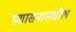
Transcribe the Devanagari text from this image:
प्रशासनामधील